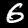
Label: 6